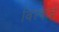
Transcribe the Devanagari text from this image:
विल्फर्ड